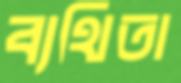
ব্যথিতা